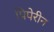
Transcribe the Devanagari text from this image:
पिपेरीन